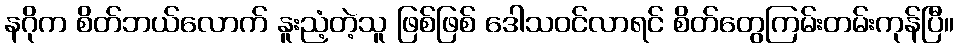
နဂိုက စိတ်ဘယ်လောက် နူးညံ့တဲ့သူ ဖြစ်ဖြစ် ဒေါသဝင်လာရင် စိတ်တွေကြမ်းတမ်းကုန်ပြီ။